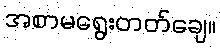
အစာမရွေးတတ်ချေ။